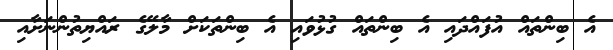
އެ ބިންތައް އުފައްދައި އެ ބިންތައް ގުޅުވައި އެ ބިންތަކަށް މާލޭގެ ރައްޔިތުންނަށާއި